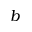
b